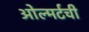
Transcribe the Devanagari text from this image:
ओल्मर्टची